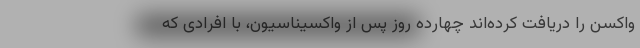
واکسن را دریافت کرده‌اند چهارده روز پس از واکسیناسیون، با افرادی که